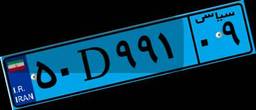
۵۰D۹۹۱۰۹